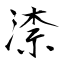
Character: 渿